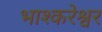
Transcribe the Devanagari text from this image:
भाश्करेश्वर